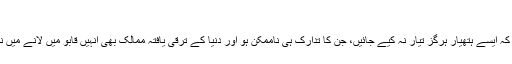
‘‘
انہوں نے کہا کہ ایسے ہتھیار ہرگز تیار نہ کیے جائیں، جن کا تدارک ہی ناممکن ہو اور دنیا کے ترقی یافتہ ممالک بھی انہیں قابو میں لانے میں ناکام ہو جائیں۔